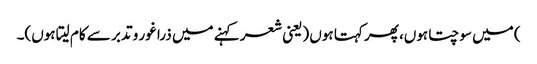
) میں سوچتا ہوں، پھر کہتا ہوں (یعنی شعر کہنے میں ذرا غور و تدبر سے کام لیتا ہوں)۔